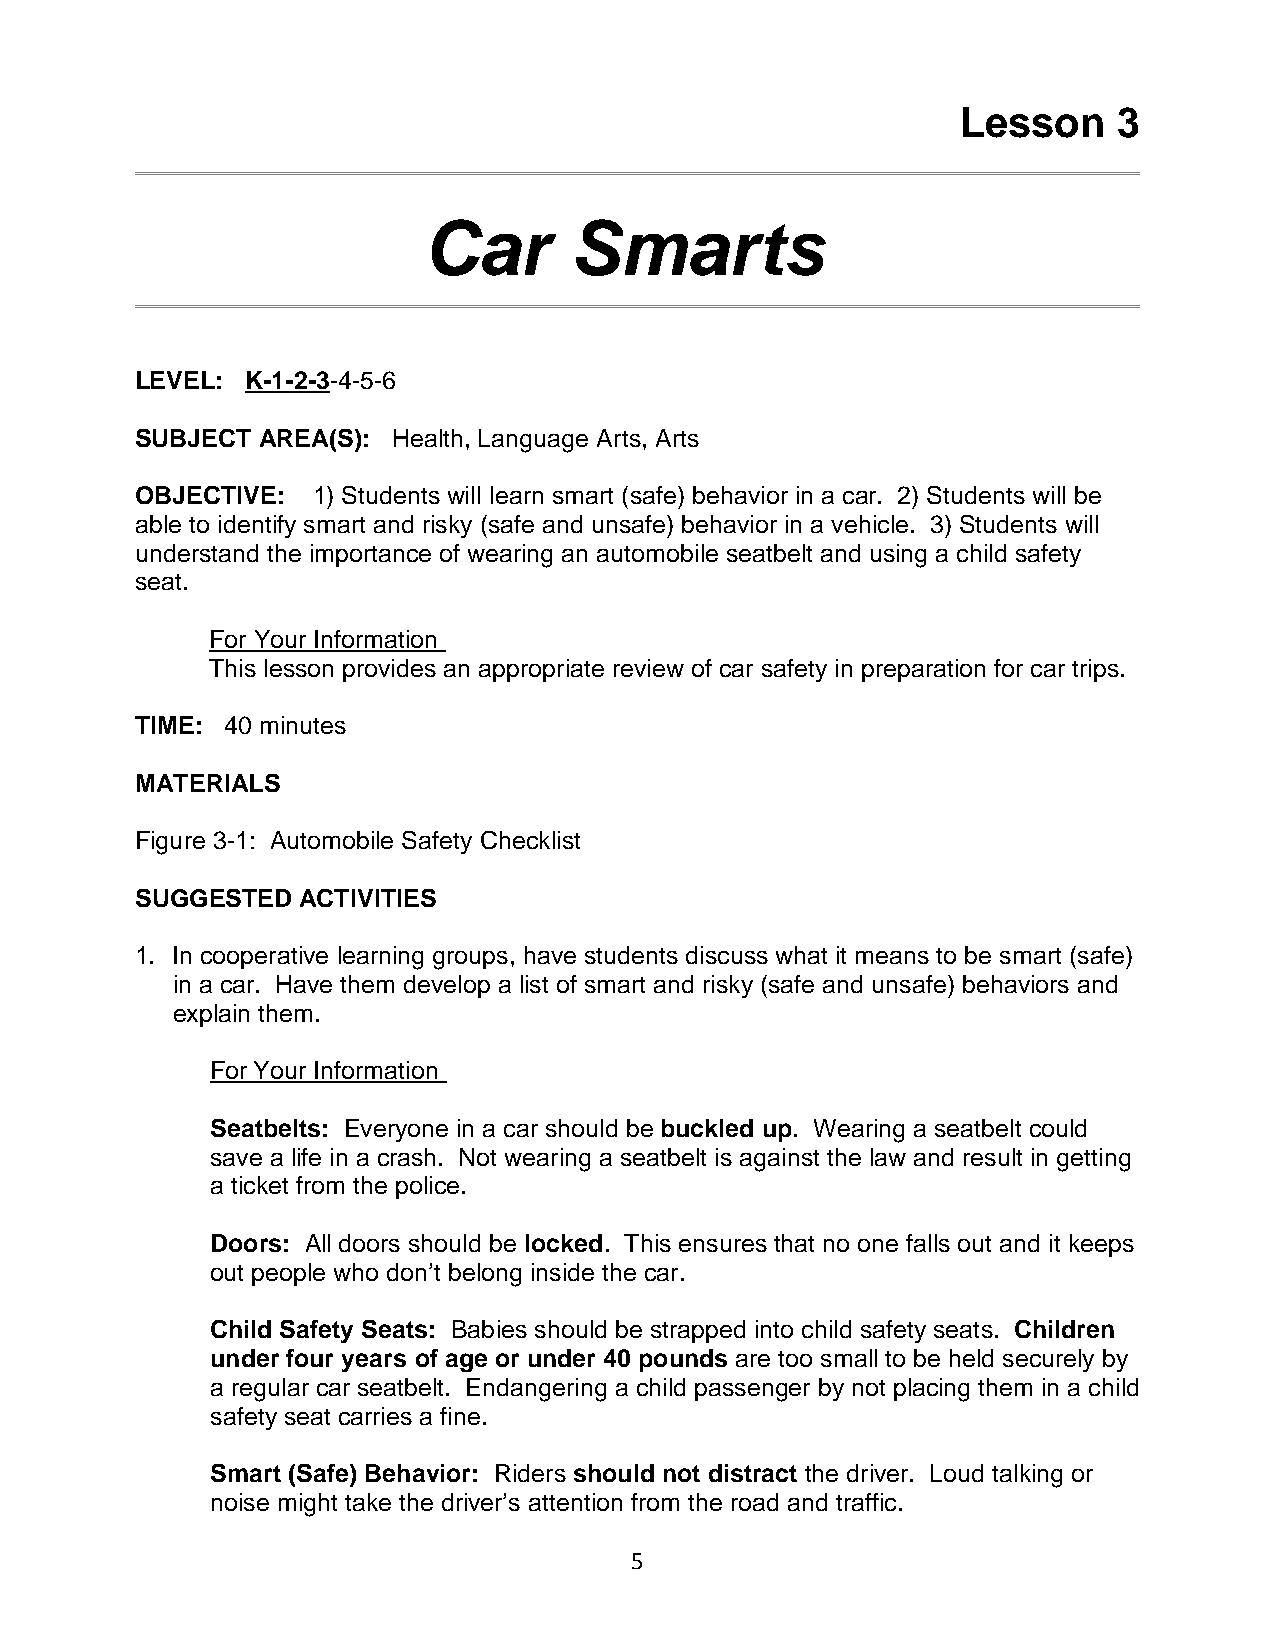
Lesson    3
 Car       Smarts
 LEVEL: K-1-2-3-4-5-6
 SUBJECT AREA(S): Health, Language Arts, Arts
 OBJECTIVE:  1) Students will learn smart (safe) behavior in a car. 2) Students will be
 able to identify smart and risky (safe and unsafe) behavior in a vehicle. 3) Students will
 understand the importance of wearing an automobile seatbelt and using a child safety
 seat.
 For Your Information
 This lesson provides an appropriate review of car safety in preparation for car trips.
 TIME: 40 minutes
 MATERIALS
 Figure 3-1: Automobile Safety Checklist
 SUGGESTED  ACTIVITIES
 1. In cooperative learning groups, have students discuss what it means to be smart (safe)
 in a car. Have them develop a list of smart and risky (safe and unsafe) behaviors and
 explain them.
 For Your Information
 Seatbelts: Everyone in a car should be buckled up. Wearing a seatbelt could
 save a life in a crash. Not wearing a seatbelt is against the law and result in getting
 a ticket from the police.
 Doors: All doors should be locked. This ensures that no one falls out and it keeps
 out people who don’t belong inside the car.
 Child Safety Seats: Babies should be strapped into child safety seats. Children
 under four years of age or under 40 pounds are too small to be held securely by
 a regular car seatbelt. Endangering a child passenger by not placing them in a child
 safety seat carries a fine.
 Smart (Safe) Behavior: Riders should not distract the driver. Loud talking or
 noise might take the driver’s attention from the road and traffic.
 5